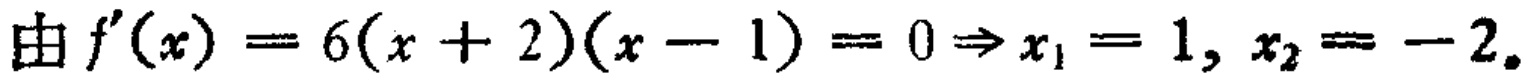
由 \(f^{\prime}(x)=6(x + 2)(x - 1)=0\Rightarrow x_{1}=1, x_{2}=-2\)。